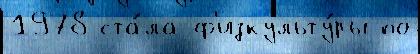
1978 ста́ла ф'изкульту́ры по